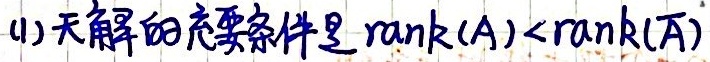
(1) 无解的充要条件是 $\text{rank}(A)<\text{rank}(\overline{A})$